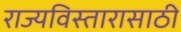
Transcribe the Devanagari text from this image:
राज्यविस्तारासाठी